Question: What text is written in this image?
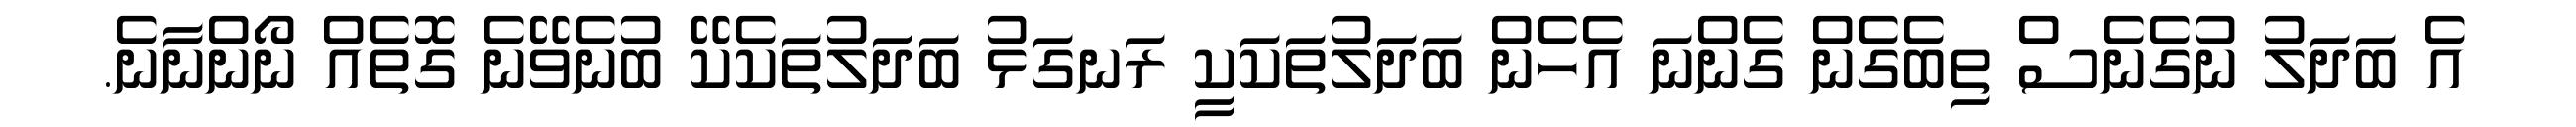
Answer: އެ ބަދަލު ނުގެނެސް ތިބެގެން ގެންނަ އެހެން ބަދަލުތަކަކީ ރަނގަޅު ބަދަލުތަކެކޭ ބުނެވޭނެ ގޮތެއް ނޯންނާނެ.